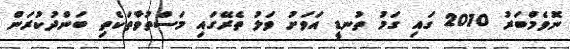
ނޮވެމްބަރު 2010 ގައި ގަމު ތުނޑީ އަވަށު ވަލު ތެރޭގައި މަސްތުވާތަކެތި ބަންދުކުރަން